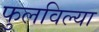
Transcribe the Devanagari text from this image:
फुलविल्या